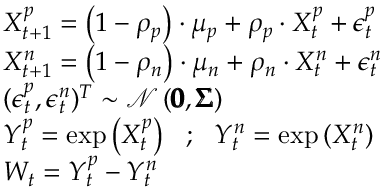
\begin{array} { r l } & { X _ { t + 1 } ^ { p } = \left( 1 - \rho _ { p } \right) \cdot \mu _ { p } + \rho _ { p } \cdot X _ { t } ^ { p } + \epsilon _ { t } ^ { p } } \\ & { X _ { t + 1 } ^ { n } = \left( 1 - \rho _ { n } \right) \cdot \mu _ { n } + \rho _ { n } \cdot X _ { t } ^ { n } + \epsilon _ { t } ^ { n } } \\ & { ( \epsilon _ { t } ^ { p } , \epsilon _ { t } ^ { n } ) ^ { T } \sim \mathcal { N } \left( \pmb { 0 } , \pmb { \Sigma } \right) } \\ & { Y _ { t } ^ { p } = \mathrm { e x p } \left( X _ { t } ^ { p } \right) \ \ ; \ \ Y _ { t } ^ { n } = \mathrm { e x p } \left( X _ { t } ^ { n } \right) } \\ & { W _ { t } = Y _ { t } ^ { p } - Y _ { t } ^ { n } } \end{array}